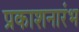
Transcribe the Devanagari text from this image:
प्रकाशनारंभ